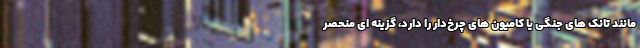
مانند تانک های جنگی یا کامیون های چرخ‌دار را دارد، گزینه ای منحصر